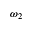
\omega _ { 2 }